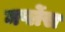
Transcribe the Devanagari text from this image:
मर्प्लेस